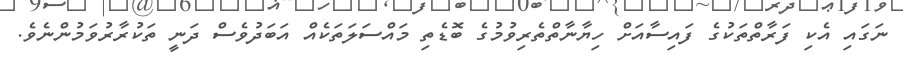
ނަގައި އެކި ފަރާތްތަކުގެ ފައިސާއަށް ހިޔާނާތްތެރިވުމުގެ ބޮޑެތި މައްސަލަތަކެއް އަބަދުވެސް ދަނީ ތަކުރާރުވަމުންނެވެ.